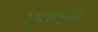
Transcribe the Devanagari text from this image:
स्थापत्ये